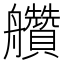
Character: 𦫅